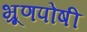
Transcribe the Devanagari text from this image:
भ्रूणपोषी